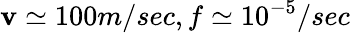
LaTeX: \mathbf{v}\simeq100m/sec,f\simeq10^{-5}/sec